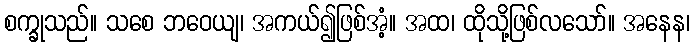
စက္ခုသည်။ သစေ ဘဝေယျ၊ အကယ်၍ဖြစ်အံ့။ အထ၊ ထိုသို့ဖြစ်လသော်။ အနေန၊